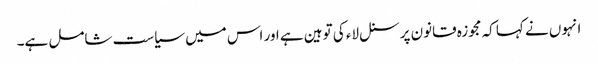
انہوں نے کہا کہ مجوزہ قانون پرسنل لاء کی توہین ہے اور اس میں سیاست شامل ہے۔